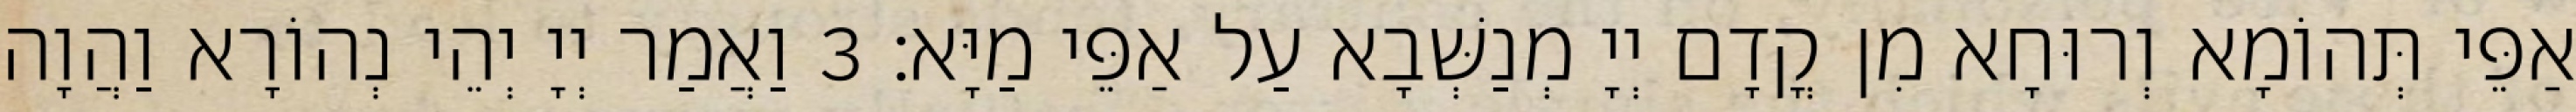
אַפֵּי תְּהוֹמָא וְרוּחָא מִן קֳדָם יְיָ מְנַשְּׁבָא עַל אַפֵּי מַיָּא׃ 3 וַאֲמַר יְיָ יְהֵי נְהוֹרָא וַהֲוָה